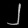
Digit: ၂